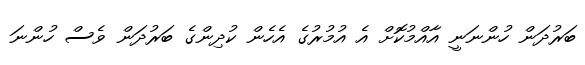
ބަރުދަން ހުންނަނީ އާއްމުކޮށް އެ އުމުރުގެ އެހެން ކުދިންގެ ބަރުދަން ވެސް ހުންނަ